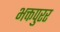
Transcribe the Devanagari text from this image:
भक्तपुरर